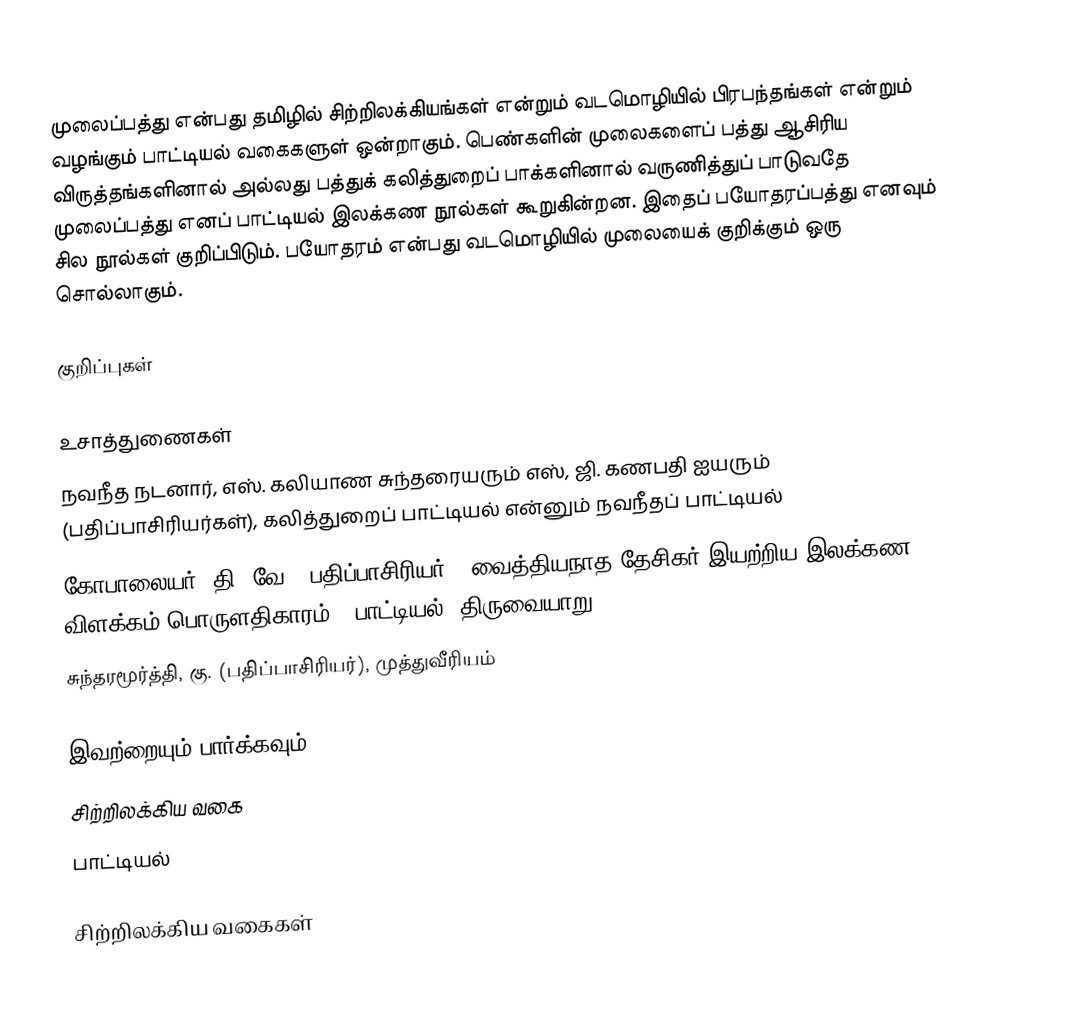
முலைப்பத்து என்பது தமிழில் சிற்றிலக்கியங்கள் என்றும் வடமொழியில் பிரபந்தங்கள் என்றும் வழங்கும் பாட்டியல் வகைகளுள் ஒன்றாகும். பெண்களின் முலைகளைப் பத்து ஆசிரிய விருத்தங்களினால் அல்லது பத்துக் கலித்துறைப் பாக்களினால் வருணித்துப் பாடுவதே முலைப்பத்து எனப் பாட்டியல் இலக்கண நூல்கள் கூறுகின்றன. இதைப் பயோதரப்பத்து எனவும் சில நூல்கள் குறிப்பிடும். பயோதரம் என்பது வடமொழியில் முலையைக் குறிக்கும் ஒரு சொல்லாகும்.

குறிப்புகள்

உசாத்துணைகள்
 நவநீத நடனார், எஸ். கலியாண சுந்தரையரும் எஸ், ஜி. கணபதி ஐயரும் (பதிப்பாசிரியர்கள்), கலித்துறைப் பாட்டியல் என்னும் நவநீதப் பாட்டியல்
 கோபாலையர், தி. வே. (பதிப்பாசிரியர்), வைத்தியநாத தேசிகர் இயற்றிய இலக்கண விளக்கம் பொருளதிகாரம் - பாட்டியல், திருவையாறு.
 சுந்தரமூர்த்தி, கு. (பதிப்பாசிரியர்), முத்துவீரியம்

இவற்றையும் பார்க்கவும்
 சிற்றிலக்கிய வகை
 பாட்டியல்

சிற்றிலக்கிய வகைகள்